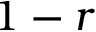
1 - r